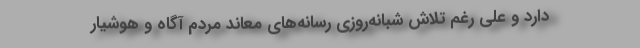
دارد و علی رغم تلاش شبانه‌روزی رسانه‌های معاند مردم آگاه و هوشیار